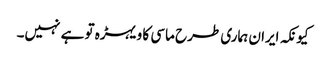
کیونکہ ایران ہماری طرح ماسی کا ویہڑہ تو ہے نہیں۔